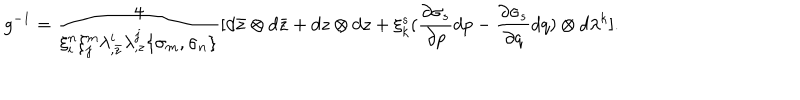
g ^ { - 1 } = { \frac { 4 } { \xi _ { i } ^ { n } \xi _ { j } ^ { m } \lambda _ { , \bar { z } } ^ { i } \lambda _ { , z } ^ { j } \{ \sigma _ { m } , \sigma _ { n } \} } } [ d \bar { z } \otimes d \bar { z } + d z \otimes d z + \xi _ { k } ^ { s } ( { \frac { \partial \sigma _ { s } } { \partial p } } d p - { \frac { \partial \sigma _ { s } } { \partial q } } d q ) \otimes d \lambda ^ { k } ] .